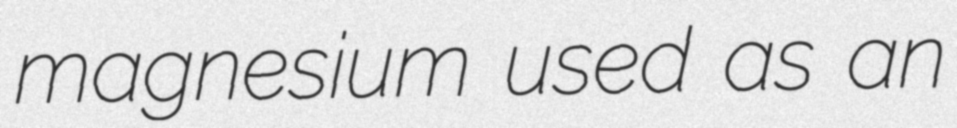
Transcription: magnesium used as an